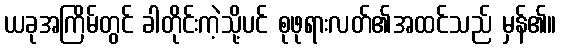
ယခုအကြိမ်တွင် ခါတိုင်းကဲ့သို့ပင် စုဖုရားလတ်၏အထင်သည် မှန်၏။